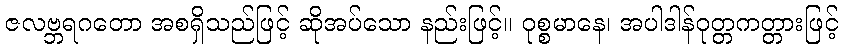
ဇလဗ္ဘရဂတော အစရှိသည်ဖြင့် ဆိုအပ်သော နည်းဖြင့်။ ဝုစ္စမာနေ၊ အပါဒါန်ဝုတ္တကတ္တားဖြင့်